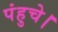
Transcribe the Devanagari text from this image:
पंहुचे।